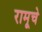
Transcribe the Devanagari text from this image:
रामूचे